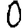
Digit: 0